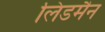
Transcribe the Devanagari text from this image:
लिंडमैन